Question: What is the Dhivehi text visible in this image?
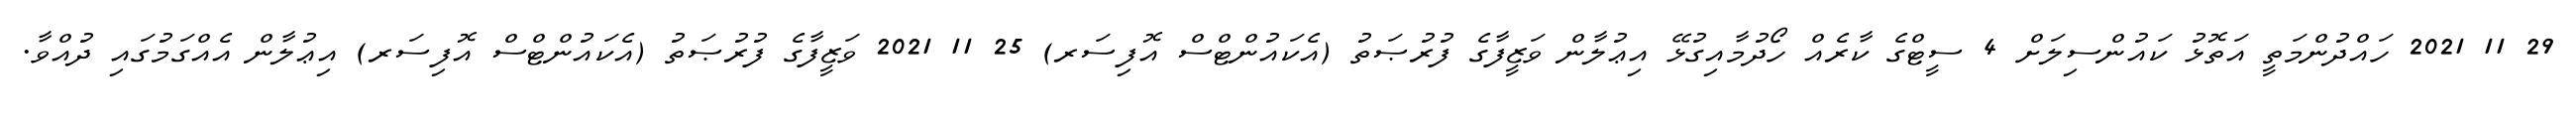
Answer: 29 11 2021 ހައްދުންމަތީ އަތޮޅު ކައުންސިލަށް 4 ސީޓްގެ ކާރެއް ހޯދުމާއިގުޅޭ އިޢުލާން ވަޒީފާގެ ފުރުޞަތު (އެކައުންޓްސް އޮފިސަރ) 25 11 2021 ވަޒީފާގެ ފުރުޞަތު (އެކައުންޓްސް އޮފިސަރ) އިޢުލާން އެއްގަމުގައި ދުއްވާ.